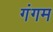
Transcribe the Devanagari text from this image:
गंगम